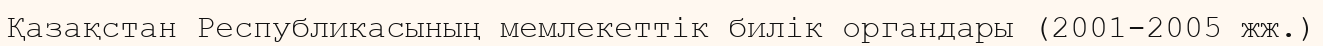
Қазақстан Республикасының мемлекеттік билік органдары (2001-2005 жж.)